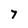
Character: 7